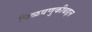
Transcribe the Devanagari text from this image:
पिळवणुकीबद्दल